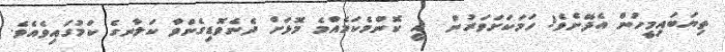
ތިޔަބައިމީހުން އެދޭށެވެ! ހަމަކަށަވަރުން  އީ ކޮންމެކަމެއްމެެ މޮޅަށް ދެނެވޮޑިގެންވާ ކަލާނގެ ކަމުގައިވެއެވެ.